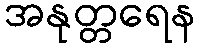
အနုတ္တရေန